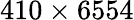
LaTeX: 410\times 6554